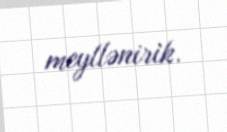
meyllənirik.